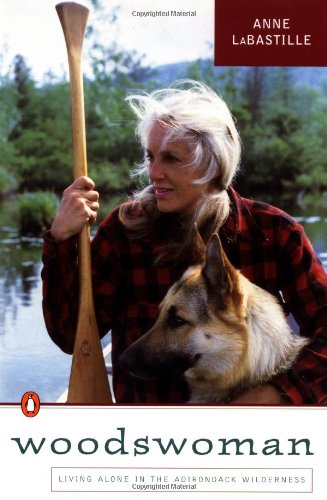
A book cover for Woodswoman: Living  Alone in the  Adirondack Wilderness; Anne LaBastille; Science & Math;